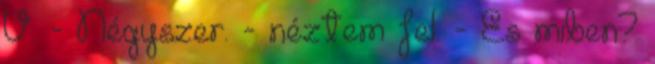
V. - Négyszer. - néztem fel. - És miben?